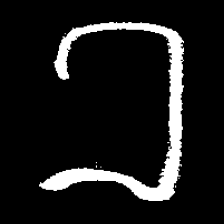
Pyu character \u2014 Myanmar letter: ခ (romanized: kha)